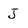
Character: J